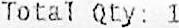
TOTAL QTY: 1